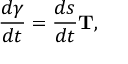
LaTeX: { \frac { d { \boldsymbol { \gamma } } } { d t } } = { \frac { d s } { d t } } \mathbf { T } ,